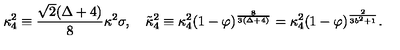
\kappa _ { 4 } ^ { 2 } \equiv \frac { \sqrt { 2 } ( \Delta + 4 ) } { 8 } \kappa ^ { 2 } \sigma , \quad \tilde { \kappa } _ { 4 } ^ { 2 } \equiv \kappa _ { 4 } ^ { 2 } ( 1 - \varphi ) ^ { \frac { 8 } { 3 ( \Delta + 4 ) } } = \kappa _ { 4 } ^ { 2 } ( 1 - \varphi ) ^ { \frac { 2 } { 3 b ^ { 2 } + 1 } } .